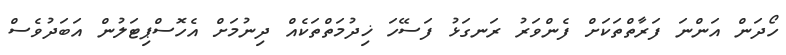
ހޯދަން އަންނަ ފަރާތްތަކަށް ފެންވަރު ރަނގަޅު ފަސޭހަ ޚިދުމަތްތަކެއް ދިނުމަށް އެހޮސްޕިޓަލުން އަބަދުވެސް